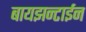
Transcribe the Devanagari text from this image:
बायझन्टाईन